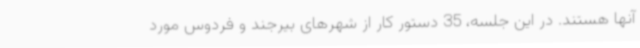
آنها هستند. در این جلسه، 35 دستور کار از شهرهای بیرجند و فردوس مورد